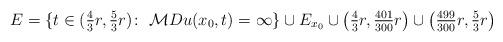
LaTeX: \begin{align*}E=\{t\in(\tfrac{4}{3}r,\tfrac{5}{3}r)\colon\;\mathcal{M}Du(x_{0},t)=\infty\}\cup E_{x_{0}} \cup \big(\tfrac{4}{3}r,\tfrac{401}{300}r\big)\cup\big(\tfrac{499}{300}r,\tfrac{5}{3}r\big)\end{align*}